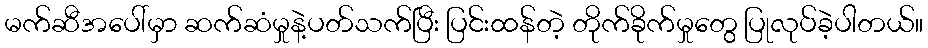
မက်ဆီအပေါ်မှာ ဆက်ဆံမှုနဲ့ပတ်သက်ပြီး ပြင်းထန်တဲ့ တိုက်ခိုက်မှုတွေ ပြုလုပ်ခဲ့ပါတယ်။